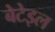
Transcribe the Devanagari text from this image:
बेटेइल